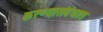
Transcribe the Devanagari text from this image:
करण्यासंबंधात